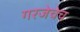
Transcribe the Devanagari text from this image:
गरजेचेच